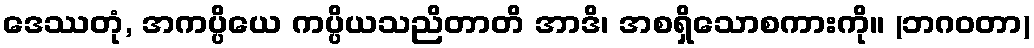
ဒေဿတုံ, အကပ္ပိယေ ကပ္ပိယသညိတာတိ အာဒိ၊ အစရှိသောစကားကို။ (ဘဂဝတာ)